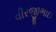
વીરજીભાઇ